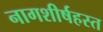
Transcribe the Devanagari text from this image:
नागशीर्षहस्त